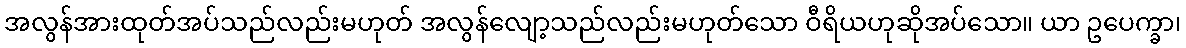
အလွန်အားထုတ်အပ်သည်လည်းမဟုတ် အလွန်လျော့သည်လည်းမဟုတ်သော ဝီရိယဟုဆိုအပ်သော။ ယာ ဥပေက္ခာ၊